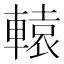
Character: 轅